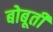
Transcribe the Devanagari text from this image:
बोबूती